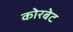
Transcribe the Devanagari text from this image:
कोरबेट